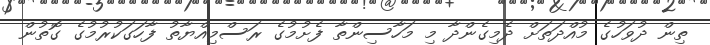
ތިން ދުވަހުގެ މުއްދަތަށް ދެމިގެންދާ މި މަހާސިންތާ ފެށުމުގެ ރަސްމިއްޔާތު ފާހަގަކުރުމުގެ ގޮތުން